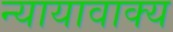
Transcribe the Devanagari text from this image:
न्यायावाक्य